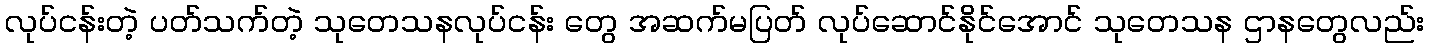
လုပ်ငန်းတဲ့ ပတ်သက်တဲ့ သုတေသနလုပ်ငန်း တွေ အဆက်မပြတ် လုပ်ဆောင်နိုင်အောင် သုတေသန ဌာနတွေလည်း